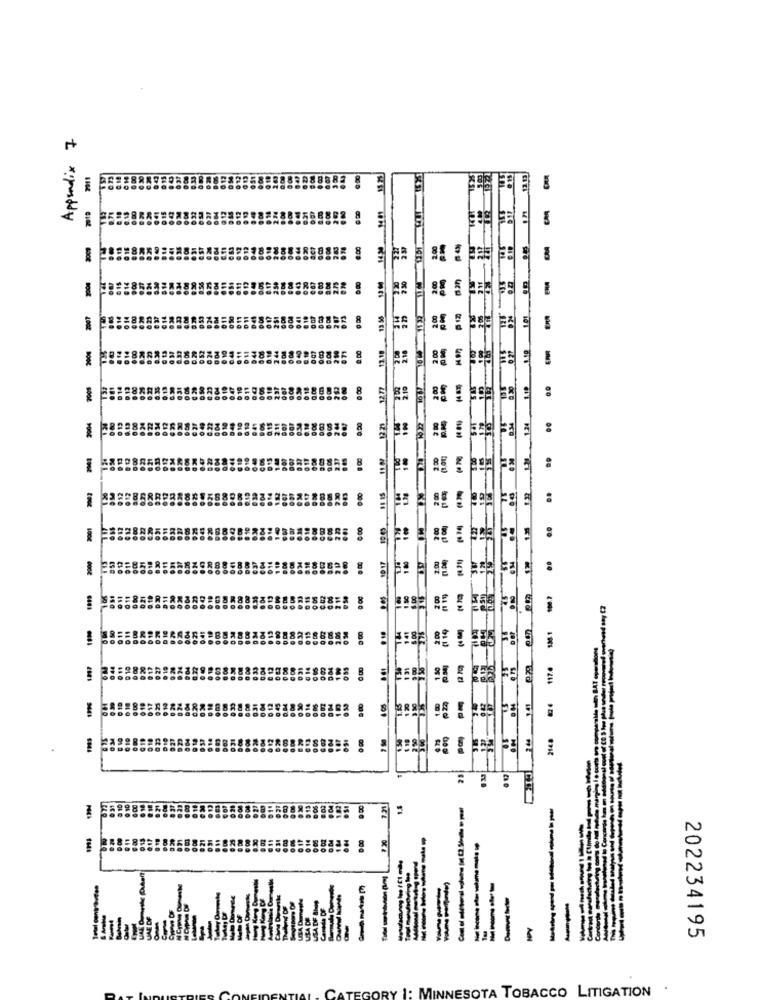
Appendix 7
00 8
2.00
85
00
3
100€
85
F
5
:
117.4
WE
------
------
SA DF BIO
--
-
------
--------
----
--
AN
-------
-
202234195
CATEGORY 1:
NESOTA TOBACCO LITIGATION